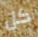
كل